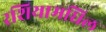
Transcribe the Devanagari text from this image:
रशियामधिल